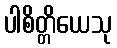
ပါစိတ္တိယေသု